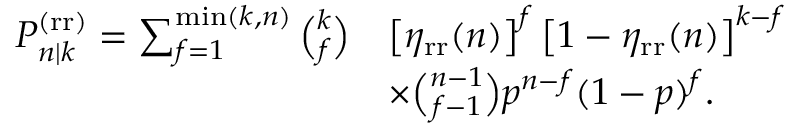
\begin{array} { r l } { P _ { n | k } ^ { \mathrm { ( r r ) } } = \sum _ { f = 1 } ^ { \operatorname* { m i n } ( k , n ) } \binom { k } { f } } & { \left[ \eta _ { \mathrm { r r } } ( n ) \right] ^ { f } \left[ 1 - \eta _ { \mathrm { r r } } ( n ) \right] ^ { k - f } } \\ & { \times \binom { n - 1 } { f - 1 } p ^ { n - f } ( 1 - p ) ^ { f } . } \end{array}